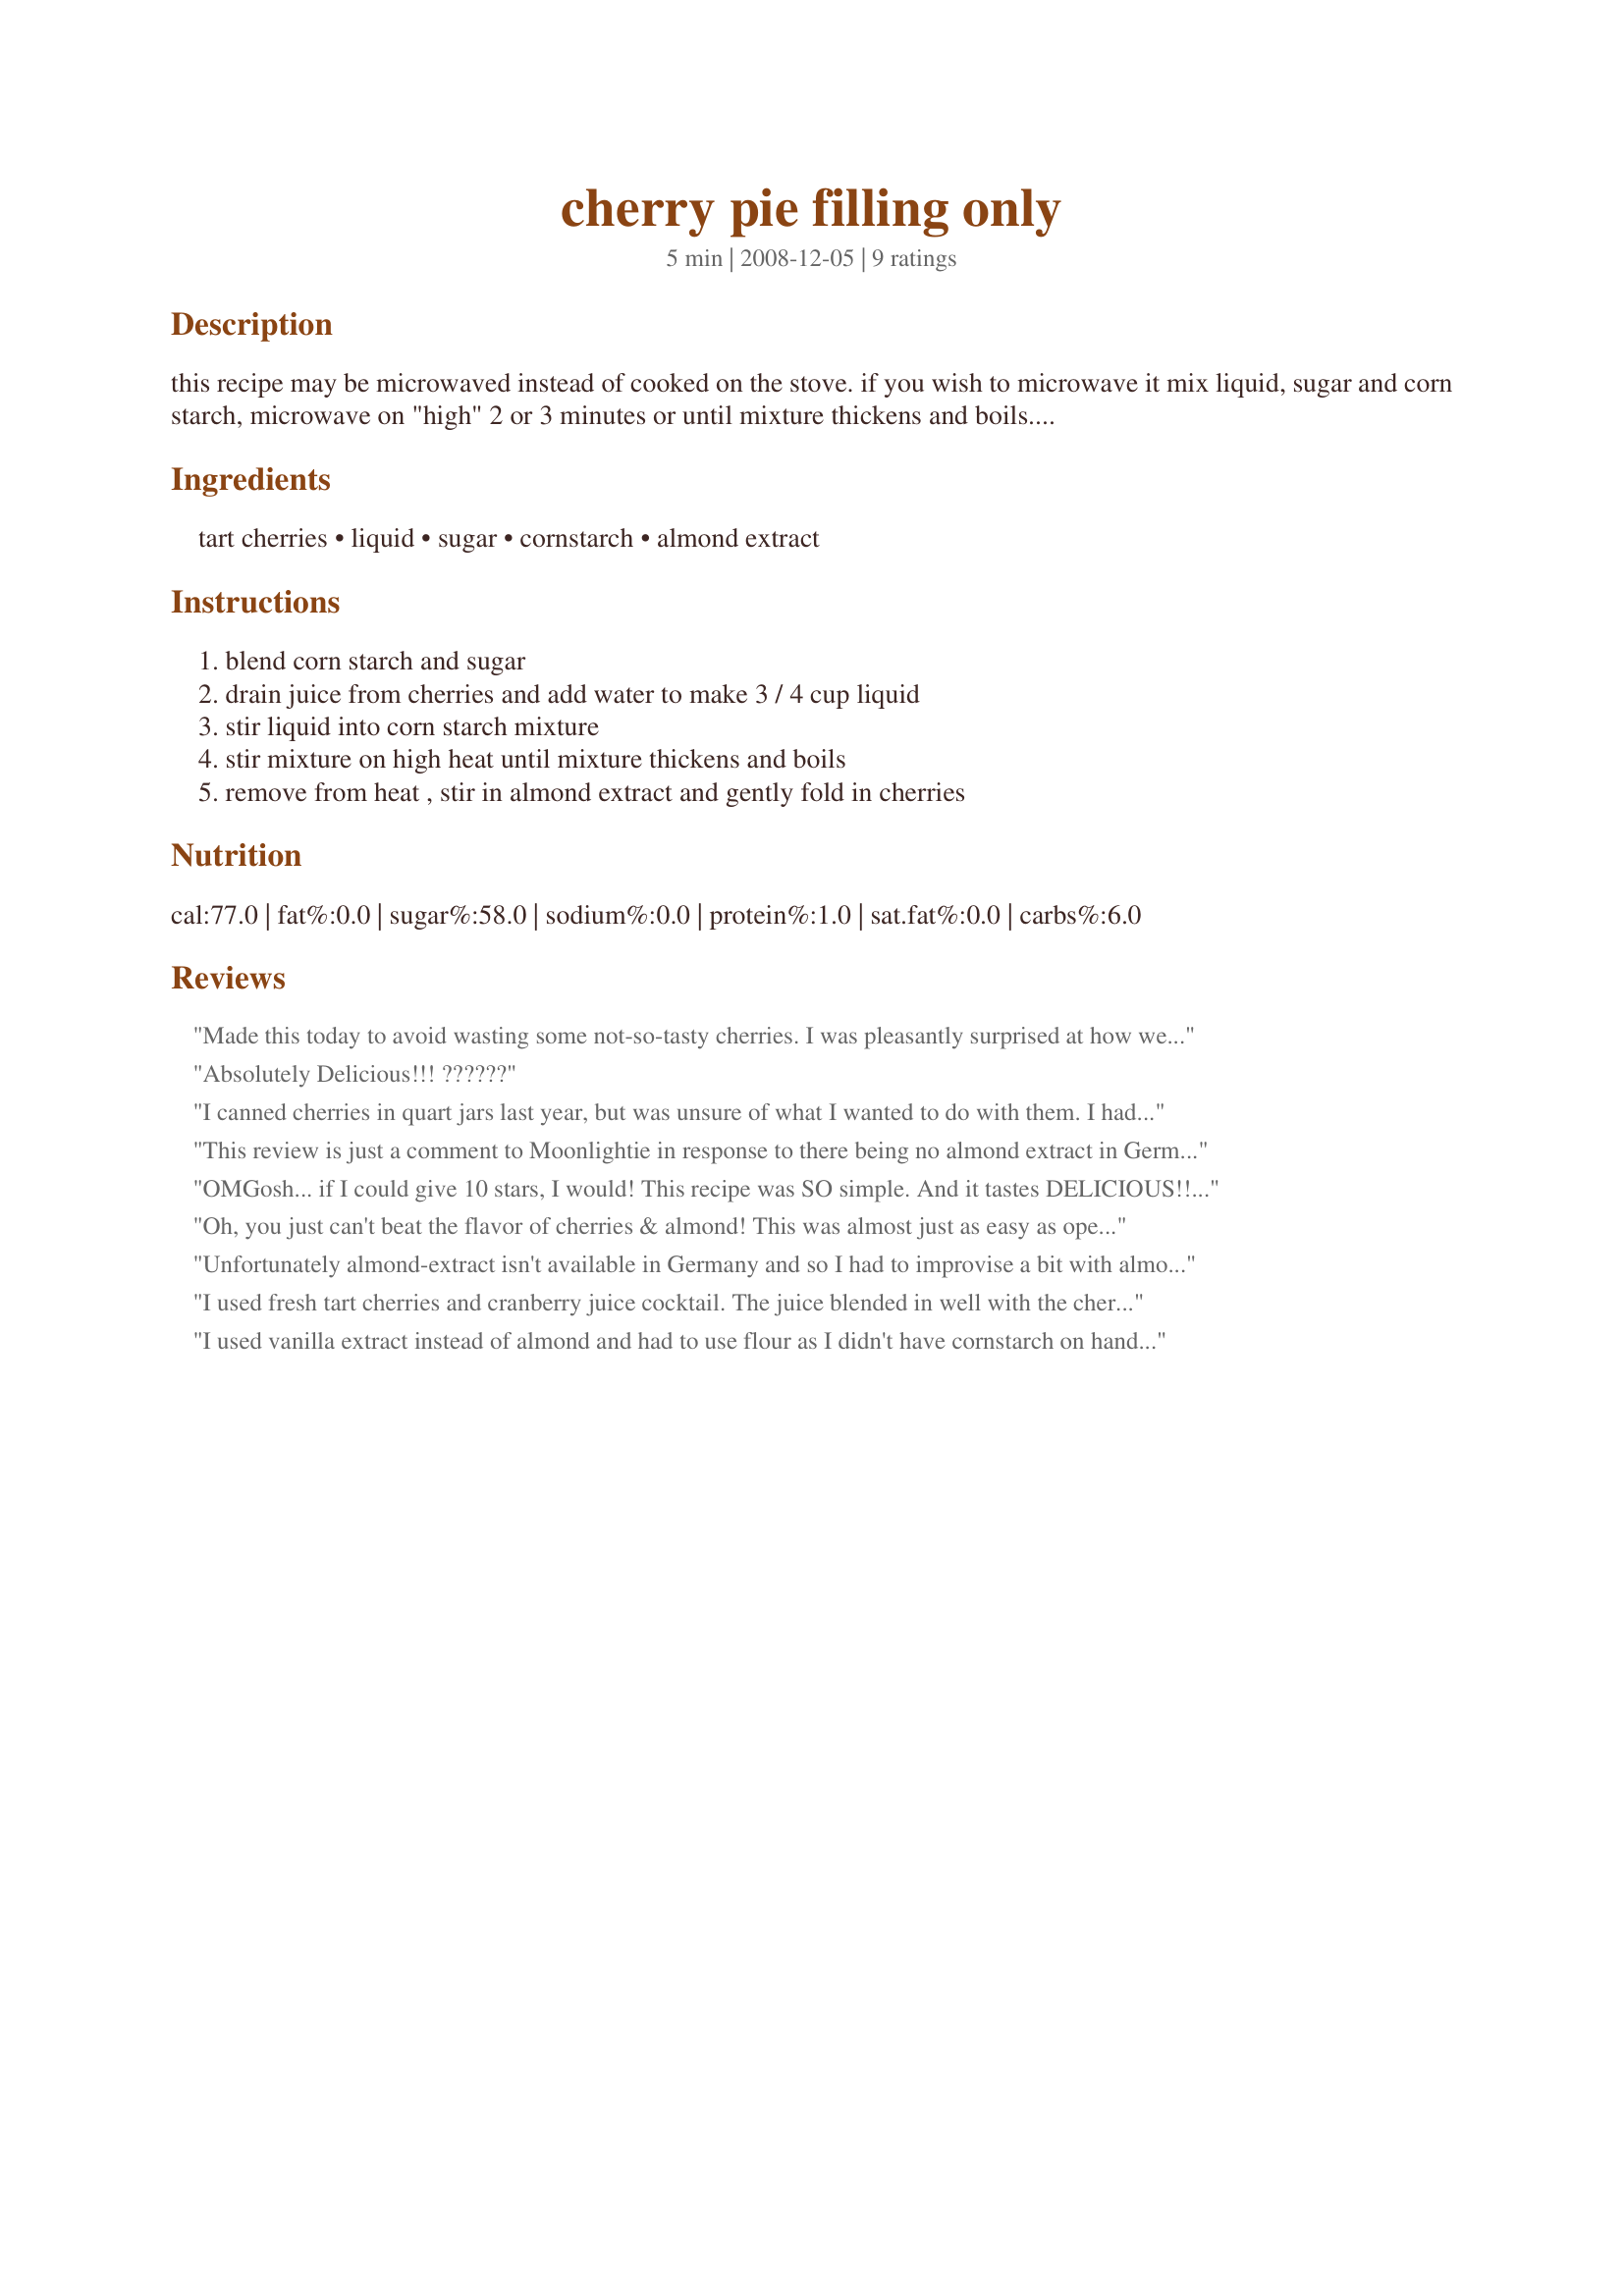
cherry pie filling only
Preparation time: 5 minutes

this recipe may be microwaved instead of cooked on the stove. if you wish to microwave it mix liquid, sugar and corn starch, microwave on "high" 2 or 3 minutes or until mixture thickens and boils. stir once during cooking.

Ingredients:
tart cherries, liquid, sugar, cornstarch, almond extract

Steps:
blend corn starch and sugar, drain juice from cherries and add water to make 3 / 4 cup liquid, stir liquid into corn starch mixture, stir mixture on high heat until mixture thickens and boils, remove from heat , stir in almond extract and gently fold in cherries

Reviews:
Made this today to avoid wasting some not-so-tasty cherries. I was pleasantly surprised at how well it turned out! I will be using the filling for a Black Forest pie.
Absolutely Delicious!!! ??????
I canned cherries in quart jars last year, but was unsure of what I wanted to do with them. I had exactly enough cherries and juice per quart to double this receipe. Perfect pie filling! Thanks!
This review is just a comment to Moonlightie in response to there being no almond extract in Germany... In Germany it is called : &quot;Bittermandel Backaroma.&quot; I have some from Germany (I live in Canada though). I am going to try this recipe in the next few days... Thanks!
OMGosh... if I could give 10 stars, I would! This recipe was SO simple. And it tastes DELICIOUS!! Thanks so much for sharing. I will be making more to can or freeze for when cherries are out of season. We get some of the best cherries in the country here in northern Michigan. • #YUMO • #EZRECIPES • #MICHIGANCHERRIES •
Oh, you just can't beat the flavor of cherries & almond! This was almost just as easy as opening a can & much, much cheaper! I made it on the stove with frozen, thawed cherries & used the 1/2 cup of sugar. I also had a little extra almond extract, probably about double. My toddler ran up & hugged me around the knees as I was measuring the 1/8 teaspoon & the extract overflowed the measuring spoon. lol :) I can't wait to use this in our favorite cherry dessert, but for now it tasted fabulous as a warm topping on vanilla ice cream. Thanks for sharing, Vyrianna! Made & enjoyed for the Spring 2009 Pick A Chef Orphanage.
Unfortunately almond-extract isn't available in Germany and so I had to improvise a bit with almond-flavouring. I think that wasn't quite right, because I almost couldn't taste the cherries anymore. But ok, that was a mistake on my part and I definitely won't repeat that next time.<br/><br/>But apart from that, the pie filling was great. Easy to make (I used the microwave), great in taste and it had the perfect consistence for the Cream cheese tarts I made ^^.<br/><br/>Thanks a lot for sharing the recipe :)
I used fresh tart cherries and cranberry juice cocktail. The juice blended in well with the cherries. I didn't use all three tablespoons of cornstarch and it was too runny. Next time I'll follow the directions :)
I used vanilla extract instead of almond and had to use flour as I didn't have cornstarch on hand but I used the microwave version and still came out very good. Probably would've been about perfect if I had cornstarch
